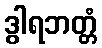
ဒွါရဘတ္တံ